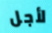
لأجل